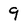
Character: 9